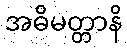
အဓိမတ္တာနိ